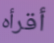
أقرأه